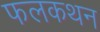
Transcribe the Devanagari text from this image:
फलकथन